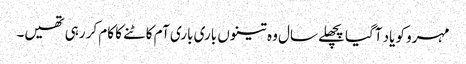
مہرو کو یاد آگیا پچھلے سال وہ تینوں باری باری آم کاٹنے کا کام کر رہی تھیں۔